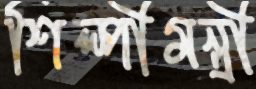
শিল্পীমন্ত্রী